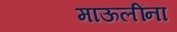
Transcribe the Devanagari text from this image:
माऊलींना